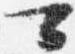
可